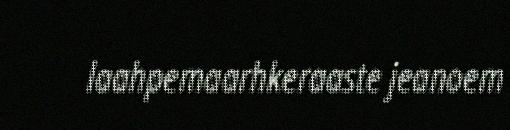
laahpemaarhkeraaste jeanoem